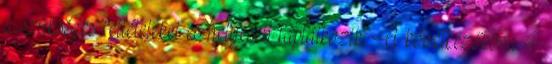
a szükséges feltételeket és helyesen táplálkozik. A következőkben 4